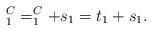
LaTeX: \begin{align*}_1^C = _1^C + s_1 = t_1 + s_1.\end{align*}